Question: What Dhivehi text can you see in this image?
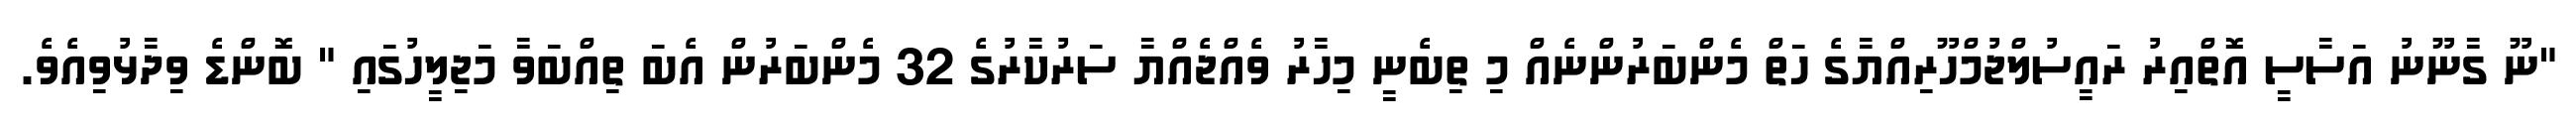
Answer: "ނޫ ގާނޫނު އަސާސީ އޮތްއިރު ރައީސުލްޖުމްހޫރިއްޔާގެ ހަތް މެންބަރުންނެއް މި ތިބެނީ މިހާރު ވެއްޖެއްޔާ ސަރުކާރުގެ 32 މެންބަރުން އެބަ ތިއްބަވާ މަޖިލީހުގައި " ބޮންޑެ ވިދާޅުވިއެވެ.